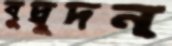
বুদ্বুদন